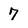
Character: 7